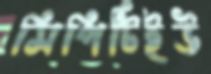
সিপিটিইউ